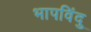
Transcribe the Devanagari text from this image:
भापविंदु